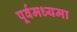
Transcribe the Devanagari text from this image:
पूर्वमध्यमा